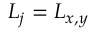
L _ { j } = L _ { x , y }